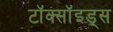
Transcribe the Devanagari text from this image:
टॉक्सॉइड्स